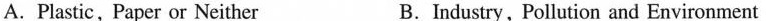
A. Plastic，Paper or Neither